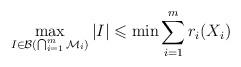
LaTeX: \begin{align*} \max_{I\in\mathcal{B}(\bigcap_{i=1}^m\mathcal{M}_i)}|I|\leqslant \min \sum_{i=1}^m r_i(X_i)\end{align*}